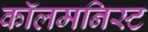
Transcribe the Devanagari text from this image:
कॉलमनिस्ट